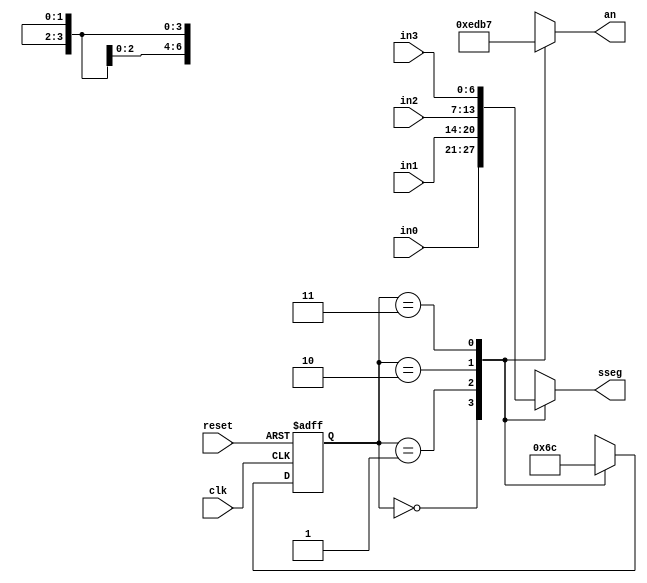
`timescale 1ns / 1ps
//////////////////////////////////////////////////////////////////////////////////
// Company: 
// Engineer: 
// 
// Design Name: 
// Module Name: time_mux_state_machine
// Project Name: 
// Target Devices: 
// Tool Versions: 
// Description: 
// 
// Dependencies: 
// 
// Revision:
// Revision 0.01 - File Created
// Additional Comments:
// 
//////////////////////////////////////////////////////////////////////////////////


module time_mux_state_machine(
    input clk,
    input reset,
    input [6:0] in0,
    input [6:0] in1,
    input [6:0] in2,
    input [6:0] in3,
    output reg [3:0] an,
    output reg [6:0] sseg
    );
    
    reg [1:0] state;
    reg [1:0] next_state;
    
    always @(*) begin
        case(state) //State Transitions
            2'b00: next_state = 2'b01;
            2'b01: next_state = 2'b10;
            2'b10: next_state = 2'b11;
            2'b11: next_state = 2'b00;
            default: begin next_state = 2'b00; end
        endcase
    end
    
    always @(*) begin 
        case (state) //Mux
            2'b00: sseg = in0;
            2'b01: sseg = in1;
            2'b10: sseg = in2;
            2'b11: sseg = in3;
            default: begin sseg = in0; end
        endcase
        
        case (state)
            2'b00: an = 4'b1110;
            2'b01: an = 4'b1101;
            2'b10: an = 4'b1011;
            2'b11: an = 4'b0111;
            default: begin an =4'b1110; end
        endcase
    end
    
    
    always @(posedge clk or posedge reset) begin
        if(reset)
            state <= 2'b00;
        else
            state <= next_state;
    end  
endmodule